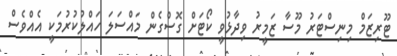
ޓޫރިޒަމް މިނިސްޓަރު މޫސާ ޒަމީރު ވިދާޅުވީ ކޯޓަށް ގޮސްގެން މައްސަލަ ހައްލުކުރުމަކީ އެއްވެސް